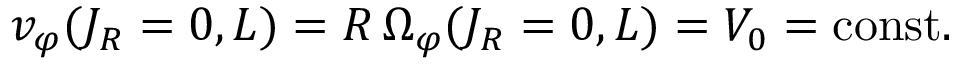
v _ { \varphi } ( J _ { R } = 0 , L ) = R \, \Omega _ { \varphi } ( J _ { R } = 0 , L ) = V _ { 0 } = \mathrm { c o n s t } .